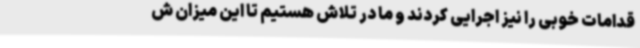
قدامات خوبی را نیز اجرایی کردند و ما در تلاش هستیم تا این میزان ش